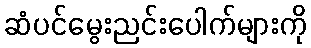
ဆံပင်မွေးညင်းပေါက်များကို